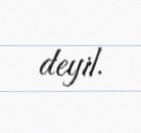
deyil.